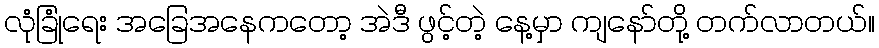
လုံခြုံရေး အခြေအနေကတော့ အဲဒီ ဖွင့်တဲ့ နေ့မှာ ကျနော်တို့ တက်လာတယ်။